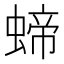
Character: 𧍝